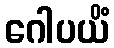
ဂေါပယိံ